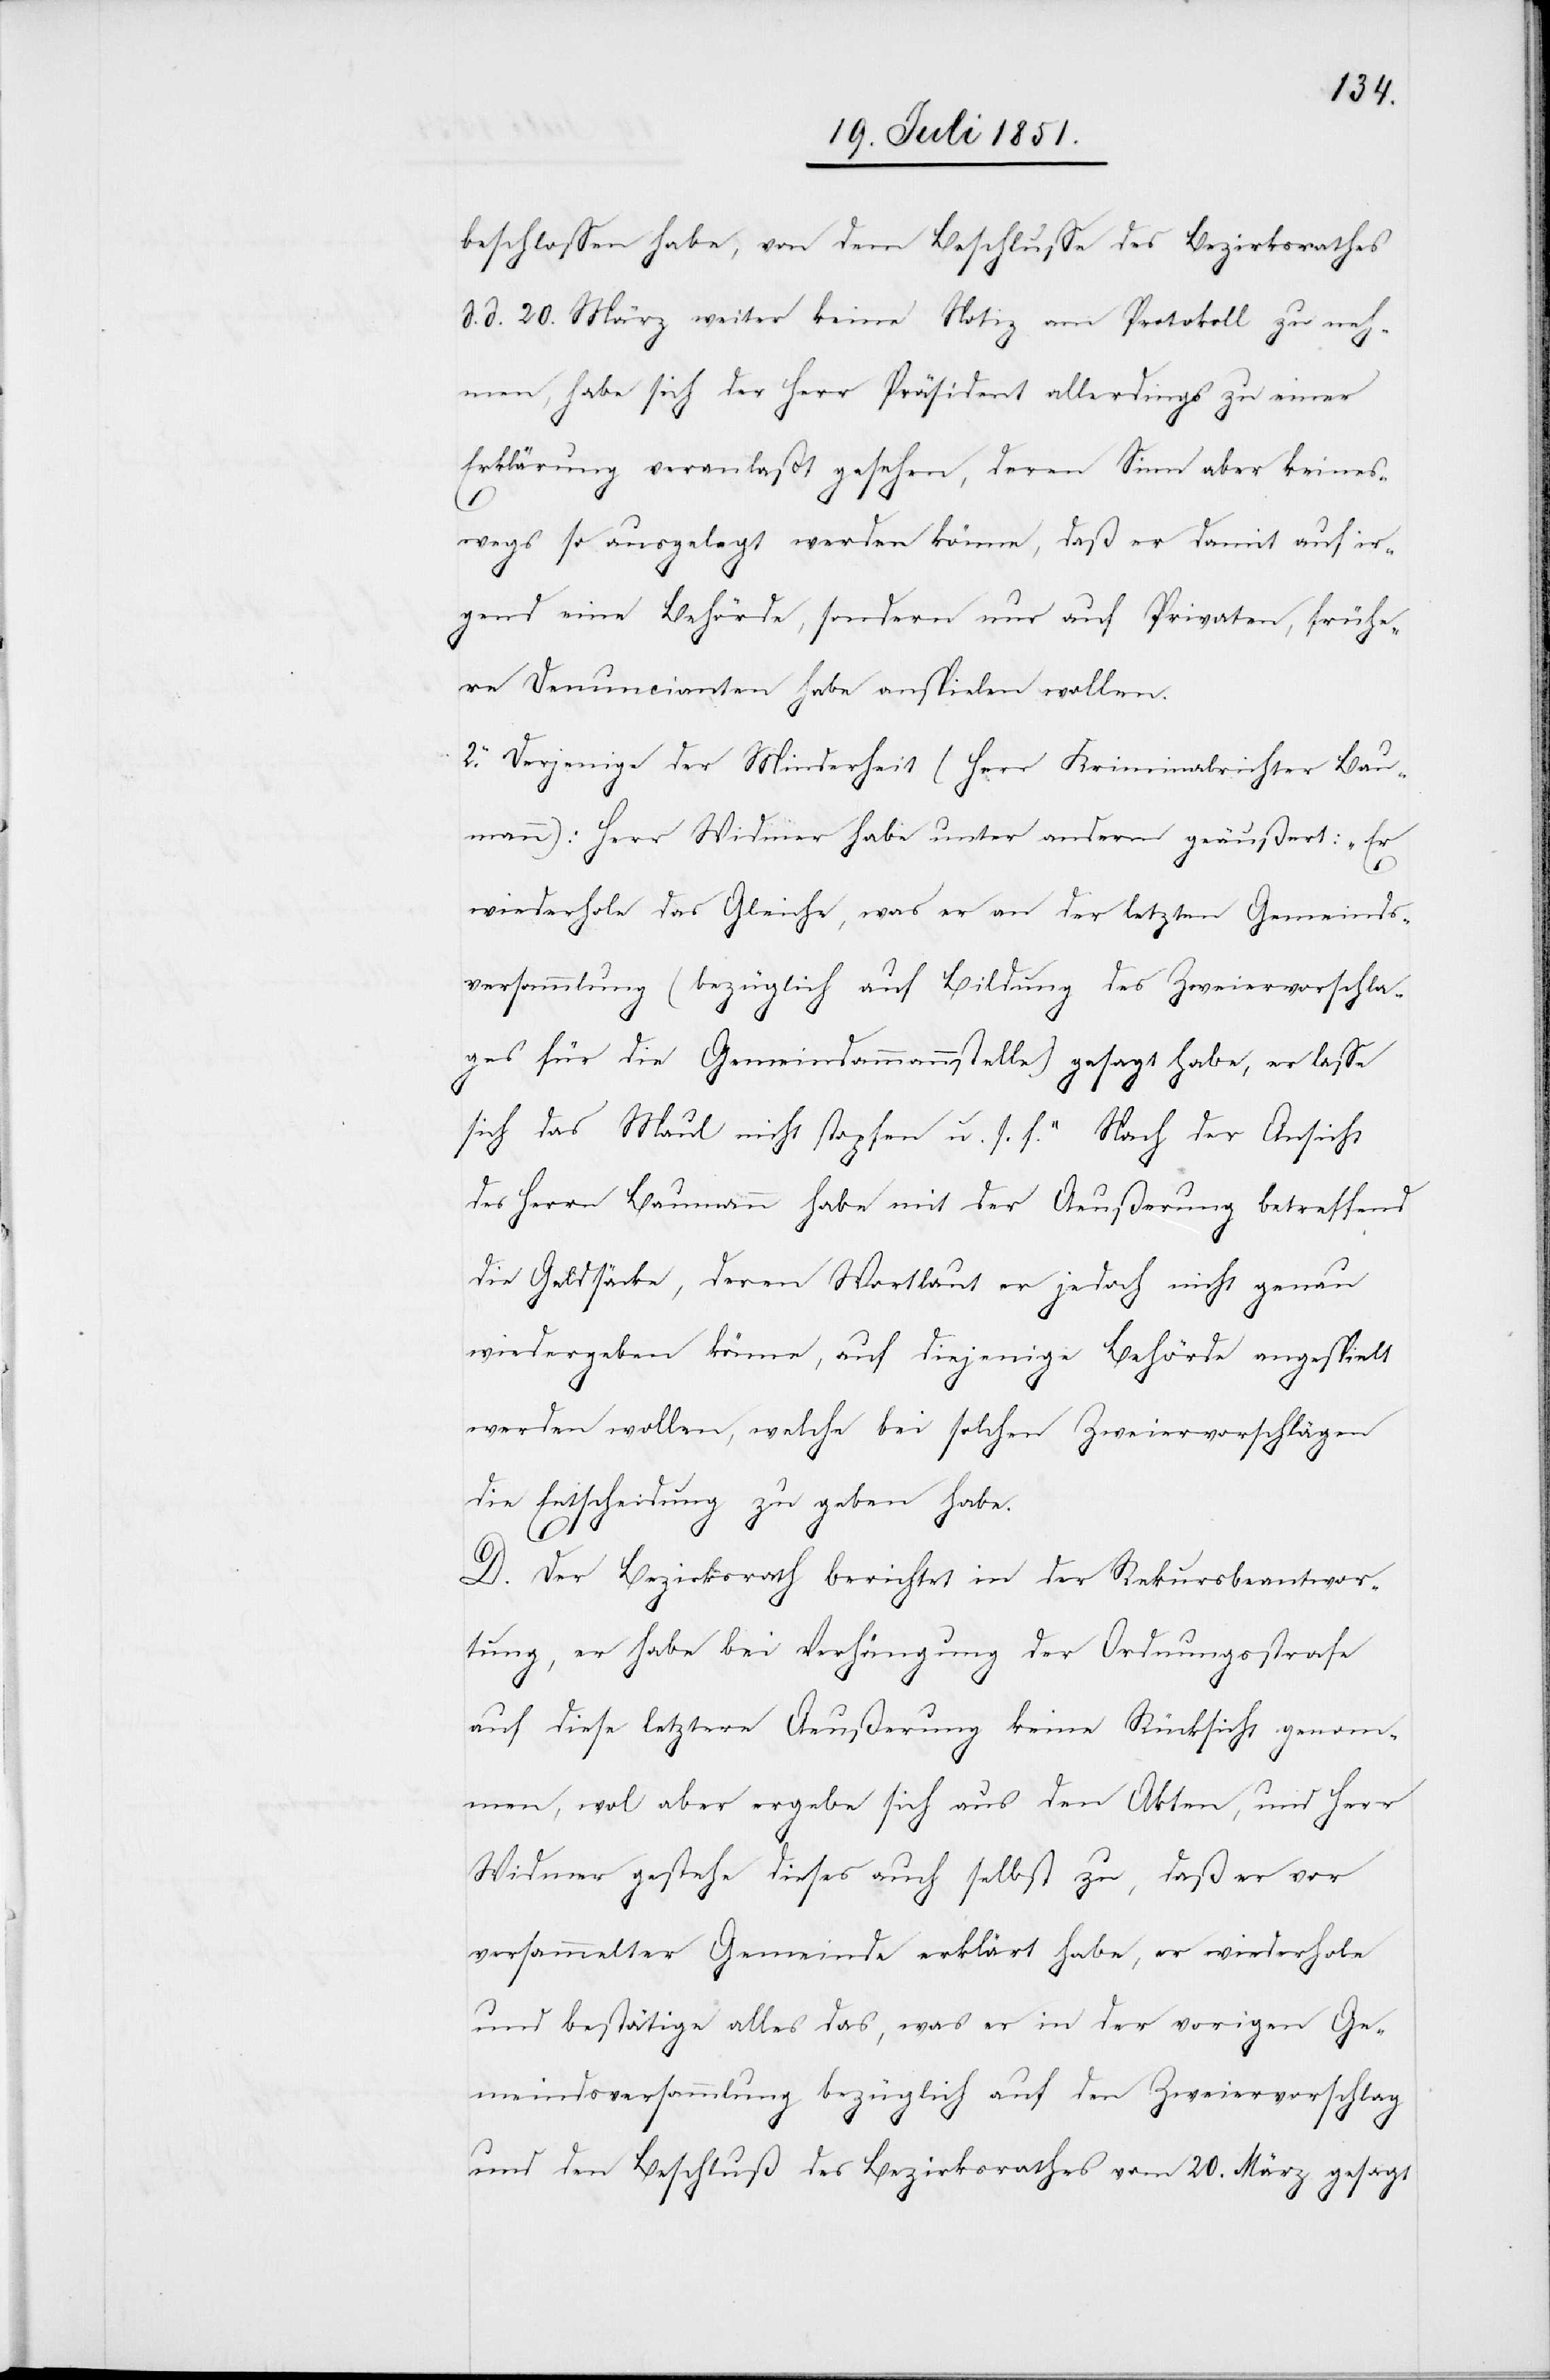
beschlossen habe, von dem Beschlusse des Bezirksrathes
d. d. 20. März weiter keine Notiz am Protokoll zu neh¬
men, habe sich der Herr Präsident allerdings zu einer
Erklärung veranlaßt gesehen, deren Sinn aber keines¬
wegs so ausgelegt werden könne, daß er damit auf ir¬
gend eine Behörde, sondern nur auf Privaten, frühe¬
re Denuncianten habe anspielen wollen.
2. Derjenige der Minderheit (Herr Kriminalrichter Bau¬
mann): Herr Widmer habe unter anderm geäußert: „Er
wiederhole das Gleiche, was er an der letzten Gemeinds¬
versammlung (bezüglich auf Bildung des Zweiervorschla¬
ges für die Gemeindammannstelle) gesagt habe, er lasse
sich das Maul nicht stopfen u. s. f.“ Nach der Ansicht
des Herrn Baumann habe mit der Aeußerung betreffend
die Geldsäcke, deren Wortlaut er jedoch nicht genau
wiedergeben könne, auf diejenige Behörde angespielt
werden wollen, welche bei solchen Zweiervorschlägen
die Entscheidung zu geben habe.
D. Der Bezirksrath berichtet in der Rekursbeantwor¬
tung, er habe bei Verhängung der Ordnungsstrafe
auf diese letztere Aeußerung keine Rücksicht genom¬
men, wo[h]l aber ergebe sich aus den Akten, und Herr
Widmer gestehe dieses auch selbst zu, daß er vor
versammelter Gemeinde erklärt habe, er wiederhole
und bestätige alles das, was er in der vorigen Ge¬
meindsversammlung bezüglich auf den Zweiervorschlag
und den Beschluß des Bezirksrathes vom 20. März gesagt